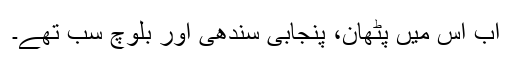
اب اس میں پٹھان، پنجابی سندھی اور بلوچ سب تھے۔